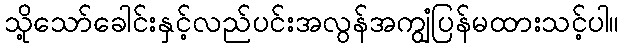
သို့သော်ခေါင်းနှင့်လည်ပင်းအလွန်အကျွံပြန်မထားသင့်ပါ။